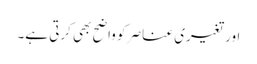
اور تغیری عناصر کو واضح بھی کرتی ہے۔